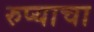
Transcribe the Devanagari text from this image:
रुप्याचा